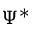
\Psi ^ { * }